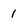
Character: 1